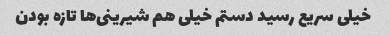
خیلی سریع رسید دستم خیلی هم شیرینی‌ها تازه بودن